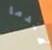
عندما